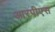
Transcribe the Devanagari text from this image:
आरपीएस